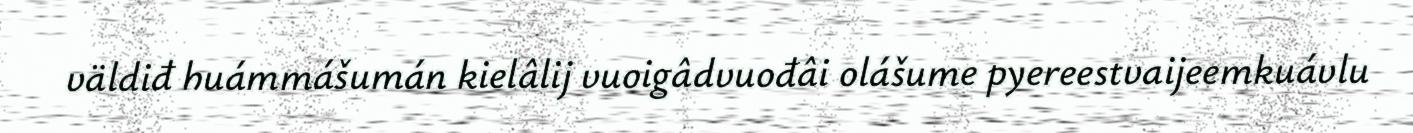
väldiđ huámmášumán kielâlij vuoigâdvuođâi olášume pyereestvaijeemkuávlu